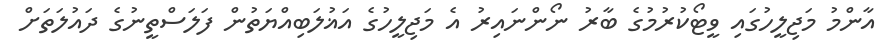
އާންމު މަޖިލީހުގައި ވީޓޯކުރުމުގެ ބާރު ނޯންނައިރު އެ މަޖިލީހުގެ އަޣުލަބިއްޔަތުން ފަލަސްތީނުގެ ދައުލަތަށް